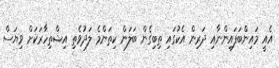
އެއީ މައިންބަފައިންނާއި ދަރިން އެކުގައި ތިބިގެން ބަލަން ކިތަންމެ ލަދުވެތި އިޝްތިހާރަކަށް ވިޔަސް